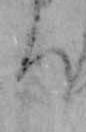
ち